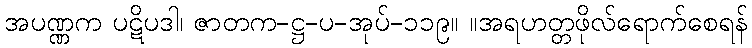
အပဏ္ဏက ပဋိပဒါ၊ ဇာတက-ဋ္ဌ-ပ-အုပ်-၁၁၉။ ။အရဟတ္တဖိုလ်ရောက်စေရန်